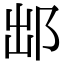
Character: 䢺